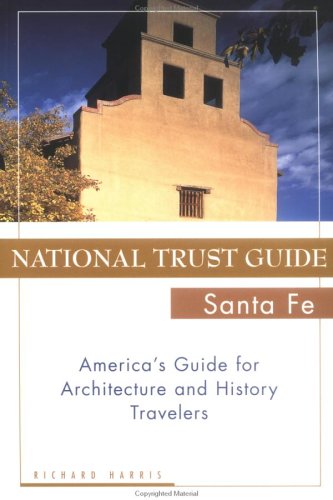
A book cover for National Trust Guide Santa Fe: America's Guide for Architecture and History Travelers (National Trust City Guides); Richard Harris; Travel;